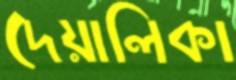
দেয়ালিকা